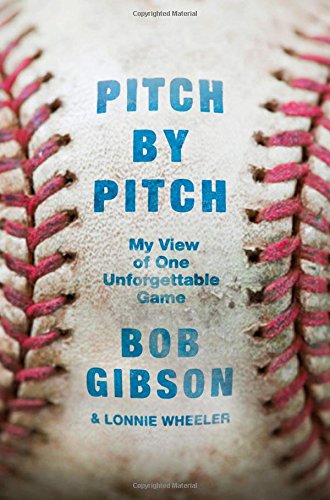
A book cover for Pitch by Pitch: My View of One Unforgettable Game; Bob Gibson; Sports & Outdoors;